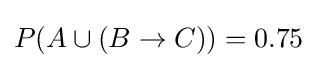
P(A\cup (B\rightarrow C))=0.75